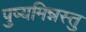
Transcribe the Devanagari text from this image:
पुष्यमिन्नस्तु